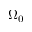
\Omega _ { 0 }